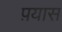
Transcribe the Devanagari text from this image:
प़यास